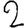
Digit: 2